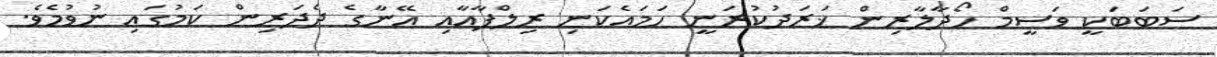
ސަބަބަކީ ވަސީމް ހޯދާލާރިން ޚަރަދުކުރަނީ ހަމައެކަނި ރިލްފާއާއި އޭނާގެ ދެދަރިން ކަމުގައި ނުވުމެވެ.